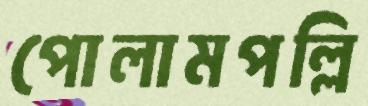
পোলামপল্লি